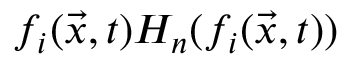
f _ { i } ( \vec { x } , t ) H _ { n } ( f _ { i } ( \vec { x } , t ) )